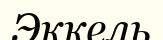
Эккель